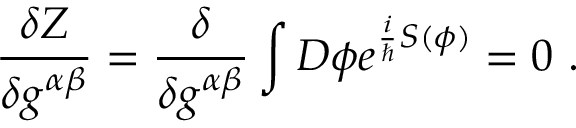
\frac { \delta Z } { \delta g ^ { \alpha \beta } } = \frac { \delta } { \delta g ^ { \alpha \beta } } \int { \cal D } \phi e ^ { \frac { i } { \hbar } S ( \phi ) } = 0 \ .